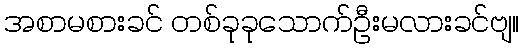
အစာမစားခင် တစ်ခုခုသောက်ဦးမလားခင်ဗျ။